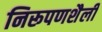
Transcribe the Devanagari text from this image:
निरूपणशैली